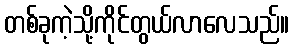
တစ်ခုကဲ့သို့ကိုင်တွယ်လာလေသည်။